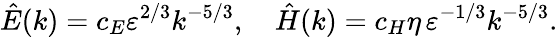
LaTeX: \hat{E}(k)=c_{E}\varepsilon^{2/3}k^{-5/3},\quad\hat{H}(k)=c_{H}\eta\, \varepsilon^{-1/3}k^{-5/3}.